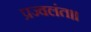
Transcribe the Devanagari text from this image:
प्रज्वलंत॥